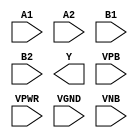
module sky130_fd_sc_ms__o22ai (
    //# {{data|Data Signals}}
    input  A1  ,
    input  A2  ,
    input  B1  ,
    input  B2  ,
    output Y   ,

    //# {{power|Power}}
    input  VPB ,
    input  VPWR,
    input  VGND,
    input  VNB
);
endmodule